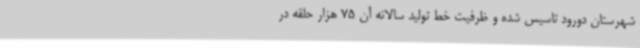
شهرستان دورود تاسیس شده و ظرفیت خط تولید سالانه آن 75 هزار حلقه در